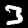
Label: 3